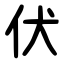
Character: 伏